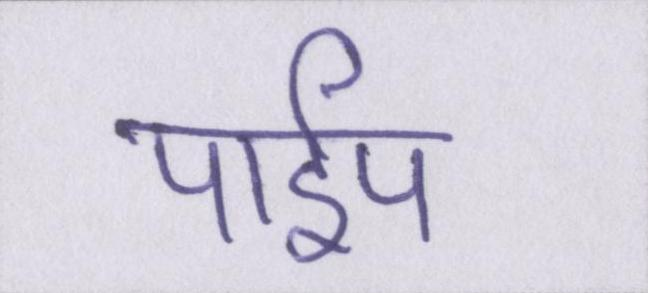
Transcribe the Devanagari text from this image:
पाईप